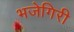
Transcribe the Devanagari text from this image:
भजेगिरी